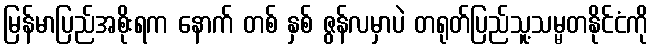
မြန်မာပြည်အစိုးရက နောက် တစ် နှစ် ဇွန်လမှာပဲ တရုတ်ပြည်သူ့သမ္မတနိုင်ငံကို